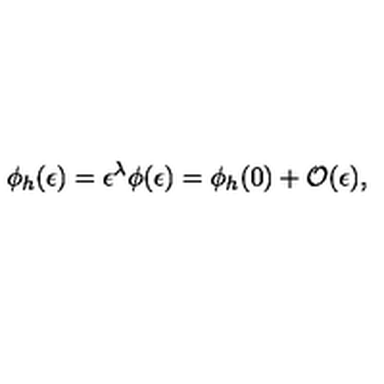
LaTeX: \phi _ { h } ( \epsilon ) = \epsilon ^ { \lambda } \phi ( \epsilon ) = \phi _ { h } ( 0 ) + { \cal O } ( \epsilon ) ,